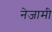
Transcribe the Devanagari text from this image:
नेजामी